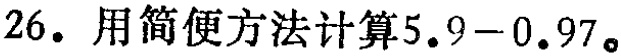
26. 用简便方法计算\(5.9 - 0.97\)。